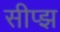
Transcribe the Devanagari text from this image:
सीप्झ